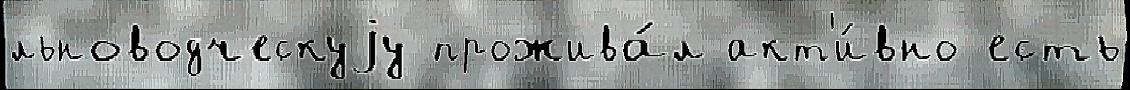
льноводческуjу прожива́л акт'и́вно есть